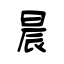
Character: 晨